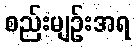
စည်းမျဉ်းအရ